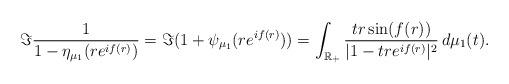
LaTeX: \begin{align*}\Im\frac{1}{1-\eta_{\mu_{1}}(re^{if(r)})}=\Im(1+\psi_{\mu_{1}}(re^{if(r)}))=\int_{\mathbb{R}_{+}}\frac{tr\sin(f(r))}{|1-tre^{if(r)}|^{2}}\,d\mu_{1}(t).\end{align*}